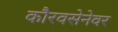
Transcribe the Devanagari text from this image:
कौरवसेनेवर